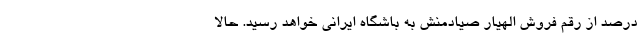
درصد از رقم فروش الهیار صیادمنش به باشگاه ایرانی خواهد رسید. حالا